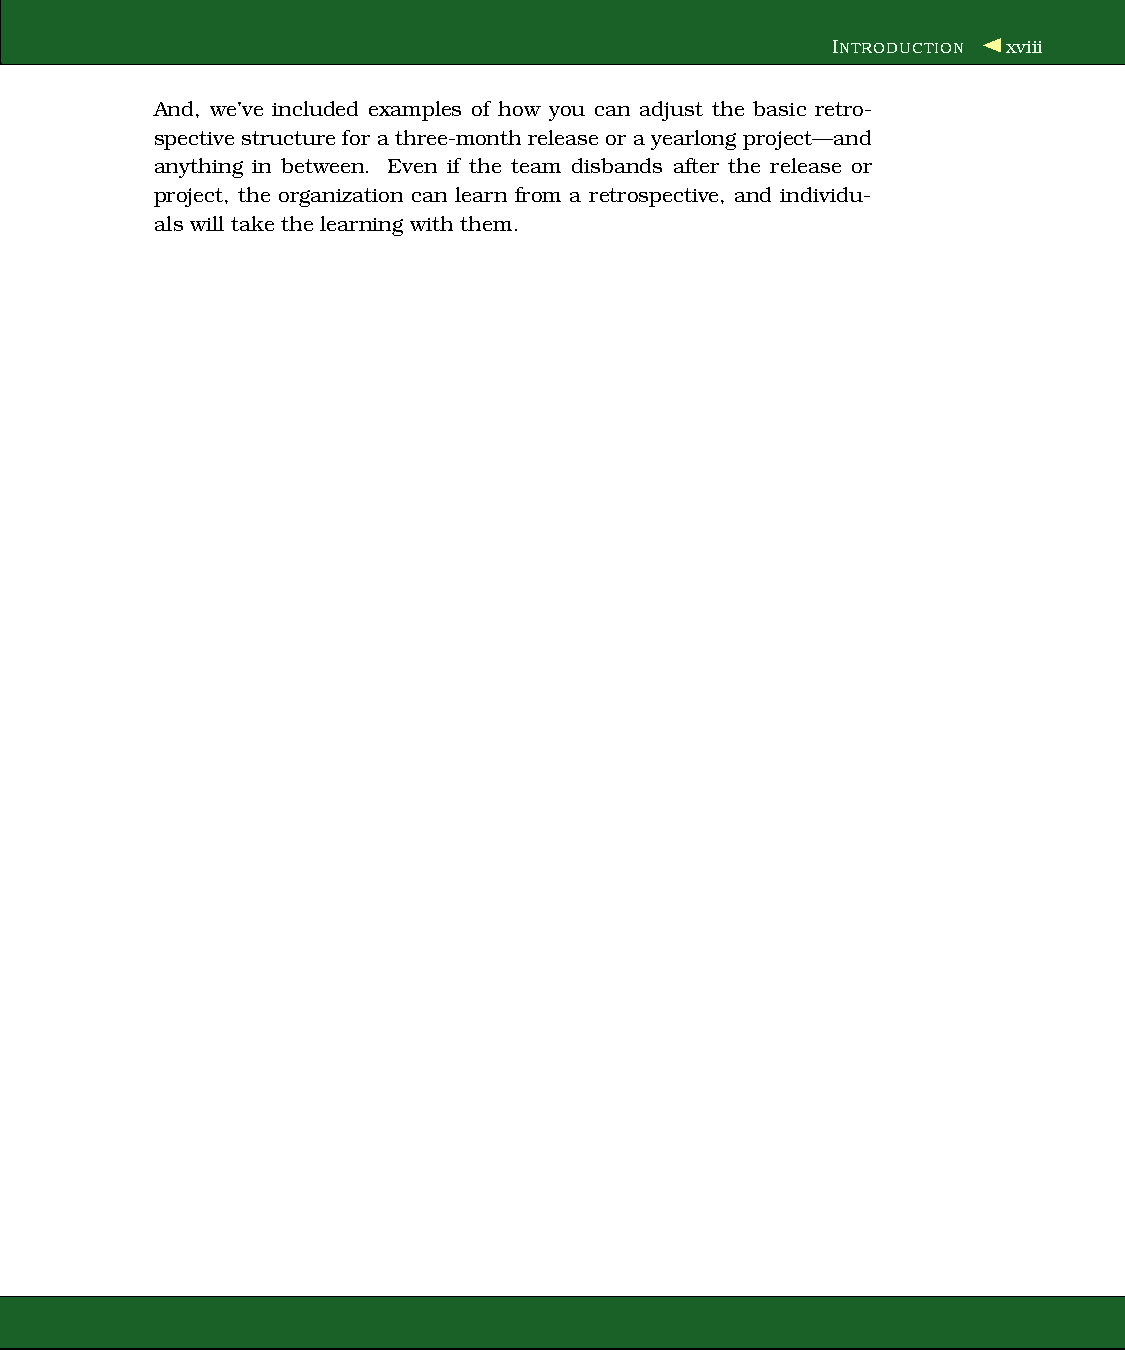
INTRODUCTION xviii
 And, we’ve included examples of how you can adjust the basic retro-
 spective structurefor a three-monthreleaseor ayearlong project—and
 anything in between. Even if the team disbands after the release or
 project, the organization can learn from a retrospective, and individu-
 als will take the learning with them.